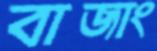
বাজাং